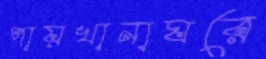
পায়খানাঘরে